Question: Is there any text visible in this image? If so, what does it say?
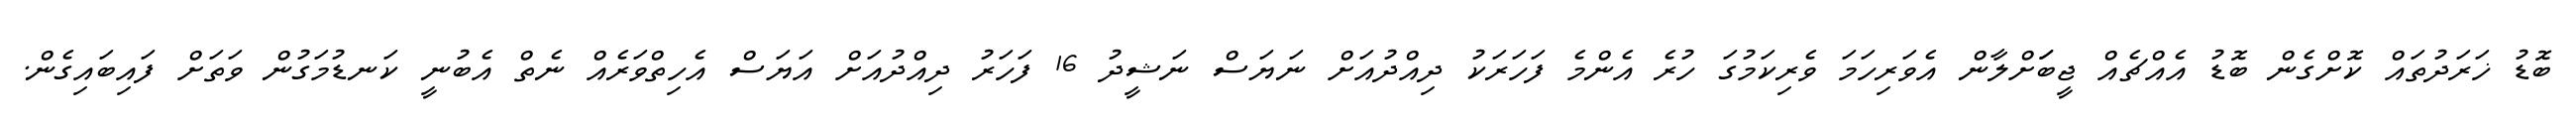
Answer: ބޮޑު ޚަރަދުތައް ކޮށްގެން ބޮޑު އެއްޗެއް ޖީބަަށްލާން އެވަރިހަމަ ވެރިކަމުގަ ހުރެ އެންމެ ފަހަރަކު ދިއްދުއަށް ނަޔަސް ނަޝީދު 16 ފަހަރު ދިއްދުއަށް އަޔަސް އެހިތްވަރެއް ނެތް އެބުނީ ކަނޑުމަގުން ވަތަށް ފައިބައިގެން.